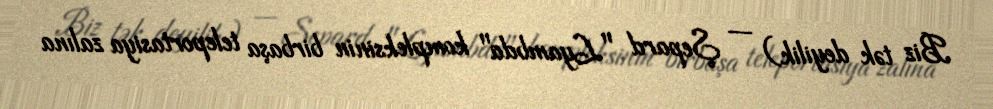
Biz tək deyilik) — Şepard "Lyambda" kompleksinin birbaşa teleportasiya zalına